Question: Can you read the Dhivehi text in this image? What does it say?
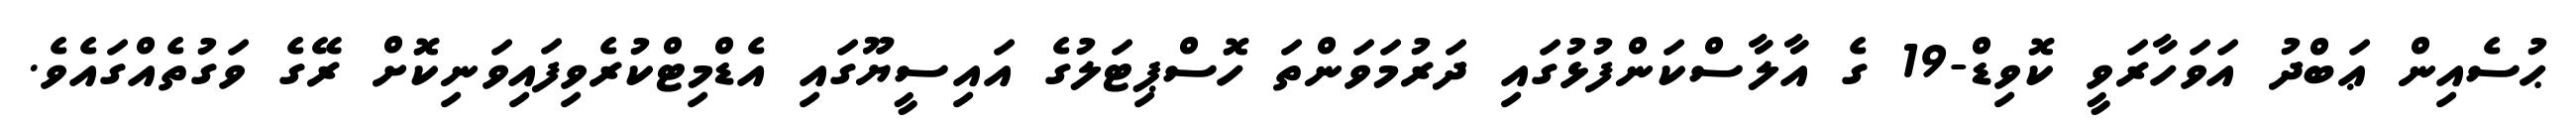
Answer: ޙުސެއިން ޢަބްދު އަވަހާރަވީ ކޮވިޑް-19 ގެ އާލާސްކަންފުޅުގައި ދަރުމަވަންތަ ހޮސްޕިޓަލުގެ އައިސީޔޫގައި އެޑްމިޓްކުރެވިފައިވަނިކޮށް ރޭގެ ވަގުތެއްގައެވެ.